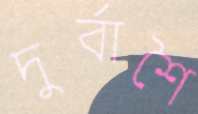
দুর্বাশৈ